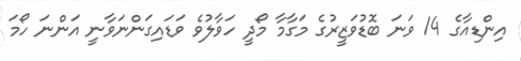
އިންޑިއާގެ 14 ވަނަ ބޮޑުވަޒީރުގެ މަގާމާ މޯދީ ހަވާލުވެ ވަޑައިގަންނަވާނީ އަންނަ ހޯމަ